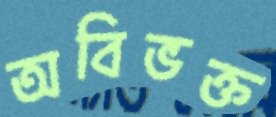
অবিভক্ত